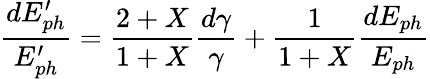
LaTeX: \frac{dE_{ph}^{\prime}}{E_{ph}^{\prime}}=\frac{2+X}{1+X}\frac{d\gamma}{\gamma}+\frac{1}{1+X}\frac{dE_{ph}}{E_{ph}}